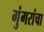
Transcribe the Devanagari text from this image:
गुंगरांचा